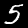
Label: 5